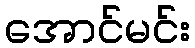
အောင်မင်း